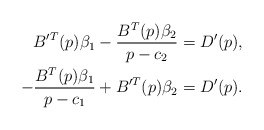
\begin{align*}B'^{T}(p)\beta_{1}-\frac{B^{T}(p)\beta_{2}}{p-c_{2}} & =D'(p),\\-\frac{B^{T}(p)\beta_{1}}{p-c_{1}}+B'^{T}(p)\beta_{2} & =D'(p).\end{align*}